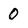
Character: 0